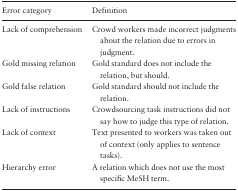
<table><thead><tr><td><b>Error category</b></td><td><b>Definition</b></td></tr></thead><tbody><tr><td>Lack of comprehension</td><td>Crowd workers made incorrect judgments about the relation due to errors in judgment.</td></tr><tr><td>Gold missing relation</td><td>Gold standard does not include the relation, but should.</td></tr><tr><td>Gold false relation</td><td>Gold standard should not include the relation.</td></tr><tr><td>Lack of instructions</td><td>Crowdsourcing task instructions did not say how to judge this type of relation.</td></tr><tr><td>Lack of context</td><td>Text presented to workers was taken out of context (only applies to sentence tasks).</td></tr><tr><td>Hierarchy error</td><td>A relation which does not use the most specific MeSH term.</td></tr></tbody></table>